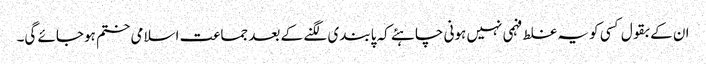
ان کے بقول کسی کو یہ غلط فہمی نہیں ہونی چاہئے کہ پابندی لگنے کے بعد جماعت اسلامی ختم ہوجائے گی۔